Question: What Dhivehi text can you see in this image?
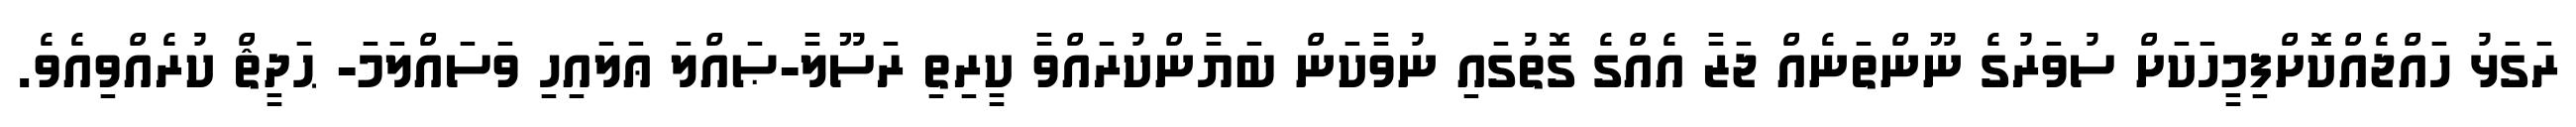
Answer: ރަގަޅު ހައްޖެއްކޮށްފިމީހަކަށް ސުވަރުގެ ނޫންތަނެއް ޖަޒާ އެއްގެ ގޮތުގައި ނުވާކަން ބަޔާންކުރައްވާ ކީރިތި ރަސޫލާ-ޞައްލަ ޢަލައިހި ވަސައްލަމަ- ޙަދީޘް ކުރެއްވިއެވެ.